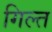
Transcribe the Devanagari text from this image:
गिल्त